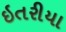
ઇતરીયા